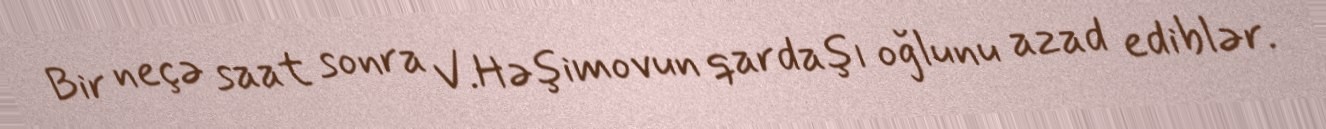
Bir neçə saat sonra V.Həşimovun qardaşı oğlunu azad ediblər.